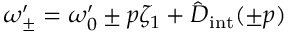
\omega _ { \pm } ^ { \prime } = \omega _ { 0 } ^ { \prime } \pm p \zeta _ { 1 } + \hat { D } _ { \mathrm { i n t } } ( \pm p )